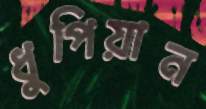
ধুপিয়ান